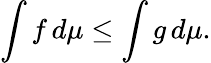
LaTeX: \int f\, d\mu\leq\int g\, d\mu.